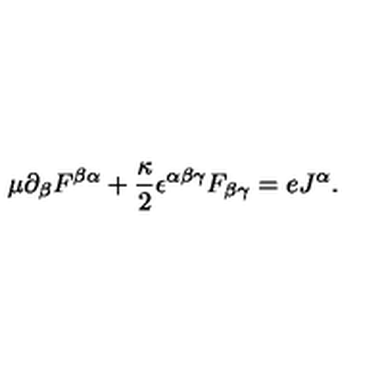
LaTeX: \mu \partial _ { \beta } F ^ { \beta \alpha } + \frac { \kappa } { 2 } \epsilon ^ { \alpha \beta \gamma } F _ { \beta \gamma } = e J ^ { \alpha } .